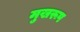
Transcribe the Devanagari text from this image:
मुखरूप